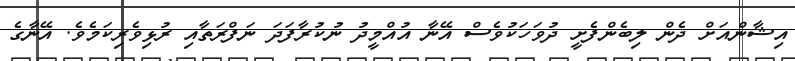
އިޝާންއަށް ދެން ލިބެންފެށީ ދުވަހަކުވެސް އޭނާ އުއްމީދު ނުކުރާފަދަ ނަފްރަތާއި ރުޅިވެރިކަމެވެ. އޭނާގެ